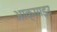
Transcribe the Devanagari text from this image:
आक्साइउ